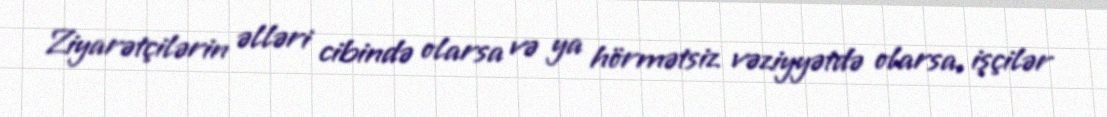
Ziyarətçilərin əlləri cibində olarsa və ya hörmətsiz vəziyyətdə olarsa, işçilər